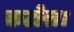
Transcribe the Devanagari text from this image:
कटोरा।